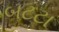
બટટા